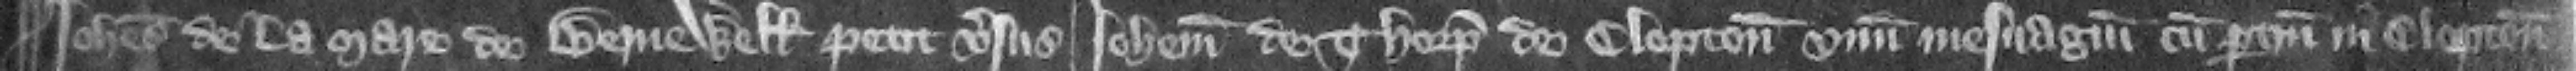
Iohannes de la Mare de Bernewell petit versus Iohannem de Thorp de Clopton vnum mesuagium cum pertinenciis in Clopton